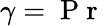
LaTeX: \gamma=\mathrm{~P~r~}